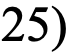
25)